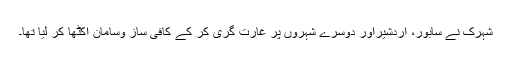
شہرک نے سابور، اردشیراور دوسرے شہروں پر غارت گری کر کے کافی ساز وسامان اکٹھا کر لیا تھا۔